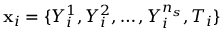
\mathbf { x } _ { i } = \{ Y _ { i } ^ { 1 } , Y _ { i } ^ { 2 } , \ldots , Y _ { i } ^ { n _ { s } } , T _ { i } \}